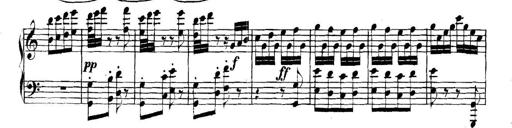
Title: Collected Piano Sonatas
Composer: Muzio Clementi